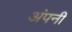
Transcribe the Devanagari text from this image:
अंपनी